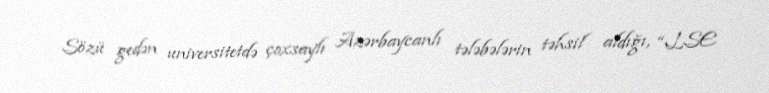
Sözü gedən universitetdə çoxsaylı Azərbaycanlı tələbələrin təhsil aldığı, “LSE